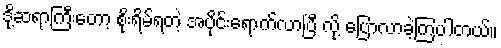
ဒို့ဆရာကြီးတော့ စိုးရိမ်ရတဲ့ အပိုင်းရောက်လာပြီ လို့ ပြောလာခဲ့ကြပါတယ်။